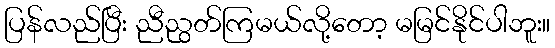
ပြန်လည်ပြီး ညီညွတ်ကြမယ်လို့တော့ မမြင်နိုင်ပါဘူး။